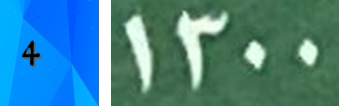
4 1300